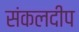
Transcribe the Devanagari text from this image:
संकलदीप